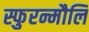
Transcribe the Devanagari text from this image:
स्फुरन्मौलि